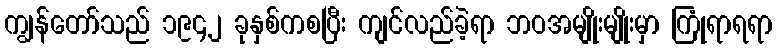
ကျွန်တော်သည် ၁၉၄၂ ခုနှစ်ကစပြီး ကျင်လည်ခဲ့ရာ ဘဝအမျိုးမျိုးမှာ ကြုံရာရရာ